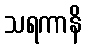
သရကာနိ